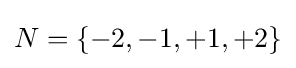
N=\{-2,-1,+1,+2\}